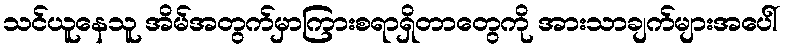
သင်ယူနေသူ အိမ်အတွက်မှာကြားစရာရှိတာတွေကို အားသာချက်များအပေါ်